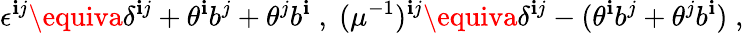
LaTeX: \epsilon^{\mathbf{i}j}\equiva\delta^{\mathbf{i}j}+\theta^{\mathbf{i}}b^{j}+\theta^{j}b^{\mathbf{i}}\; ,\; (\mu^{-1})^{\mathbf{i}j}\equiva\delta^{\mathbf{i}j}-(\theta^{\mathbf{i}}b^{j}+\theta^{j}b^{\mathbf{i}})\; ,